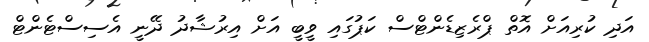
އަދި ކުރިއަށް އޮތް ޕްރެޒިޑެންޓްސް ކަޕުގައި ވީބީ އަށް އިރުޝާދު ދޭނީ އެސިސްޓެންޓް